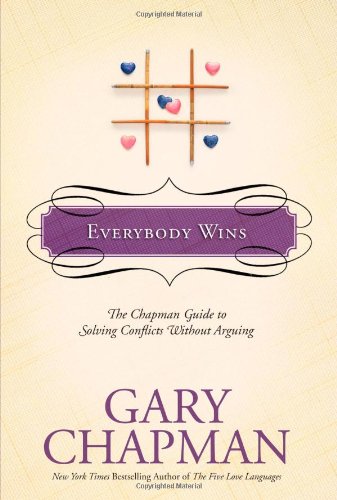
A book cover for Everybody Wins: The Chapman Guide to Solving Conflicts without Arguing (Chapman Guides); Gary Chapman; Self-Help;